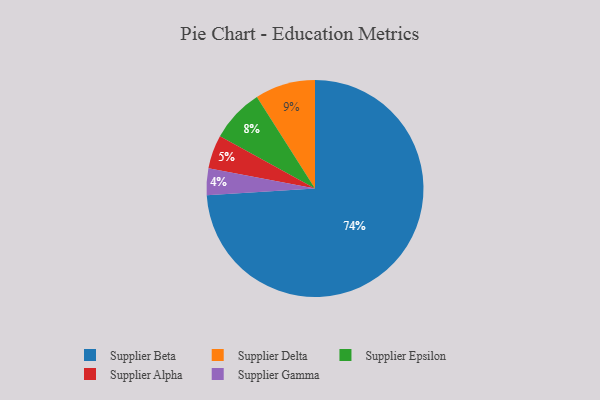
{"axis": {"x": "Category", "y": "Percentage"}, "legend": ["Supplier Alpha", "Supplier Beta", "Supplier Delta", "Supplier Epsilon", "Supplier Gamma"], "data": [{"x": "Supplier Delta", "y": 9, "type": "Supplier Delta"}, {"x": "Supplier Beta", "y": 74, "type": "Supplier Beta"}, {"x": "Supplier Epsilon", "y": 8, "type": "Supplier Epsilon"}, {"x": "Supplier Alpha", "y": 5, "type": "Supplier Alpha"}, {"x": "Supplier Gamma", "y": 4, "type": "Supplier Gamma"}]}